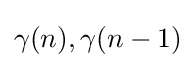
\gamma (n),\gamma (n-1)